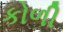
કોળી